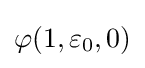
\varphi (1,\varepsilon _{0},0)